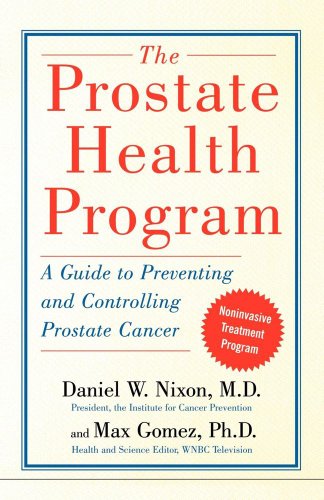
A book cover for The Prostate Health Program: A Guide to Preventing and Controlling Prostate Cancer; M.D. Daniel Nixon M.D.; Health, Fitness & Dieting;